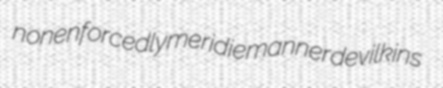
nonenforcedly meridie manner devilkins